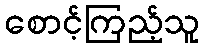
စောင့်ကြည့်သူ